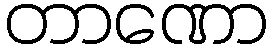
တာဏော